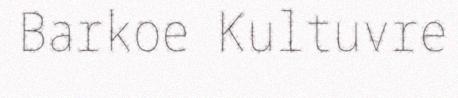
Barkoe Kultuvre